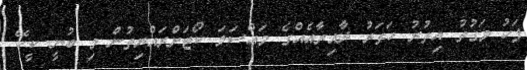
ފަހު ވަގުތު އިތުރު ހަތަރު ދާއިރާއެއްގެ މައްސަލަ ކޯޓަށްރައްޔިތުން މި ބުނީ ކީކޭ